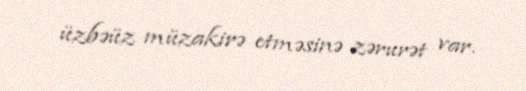
üzbəüz müzakirə etməsinə zərurət var.